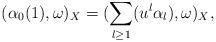
LaTeX: \begin{align*}(\alpha_0(1), \omega)_X=(\sum_{l\geq 1} (u^l\alpha_l), \omega)_X,\end{align*}